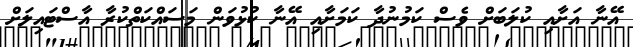
އޭނާ އަށާއި ކުލަބަށް ވެސް ކަމުނުދާ ކަމަށާއި އޭނާ ކުޅުވަން މަސައްކަތްކުރާ އާސްޓައިލަށް